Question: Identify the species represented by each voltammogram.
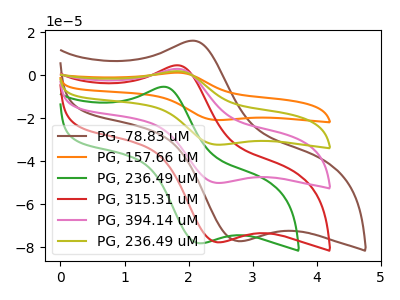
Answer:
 <answer>The brown curve is labeled "PG, 78.83 uM". The orange curve is labeled "PG, 157.66 uM". The green curve is labeled "PG, 236.49 uM". The red curve is labeled "PG, 315.31 uM". The pink curve is labeled "PG, 394.14 uM". The olive curve is labeled "PG, 236.49 uM".</answer>
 <eval></eval>